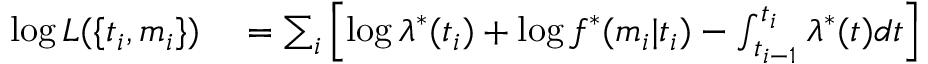
\begin{array} { r l } { \log L ( \{ t _ { i } , m _ { i } \} ) } & { { } = \sum _ { i } \left[ \log \lambda ^ { * } ( t _ { i } ) + \log f ^ { * } ( m _ { i } | t _ { i } ) - \int _ { t _ { i - 1 } } ^ { t _ { i } } \lambda ^ { * } ( t ) d t \right] } \end{array}